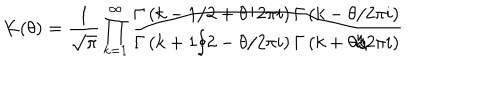
K ( \theta ) = \frac { 1 } { \sqrt { \pi } } \prod _ { k = 1 } ^ { \infty } \frac { \Gamma \left( k - 1 / 2 + \theta / 2 \pi i \right) \Gamma \left( k - \theta / 2 \pi i \right) } { \Gamma \left( k + 1 / 2 - \theta / 2 \pi i \right) \Gamma \left( k + \theta / 2 \pi i \right) }